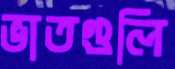
ভাতগুলি